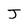
Character: J